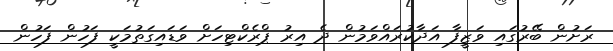
ރަށުން ބޭރުގައި ވަޒީފާ އަދާކުރައްވަމުން ދެ އިރު ޕްރެކްޓިހަށް ވަޑައިގަތުމަކީ ފަހުން ފަހުން